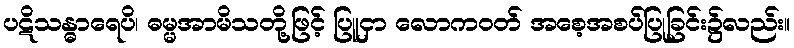
ပဋိသန္ဓာရေပိ၊ ဓမ္မအာမိသတို့ဖြင့် ပြူငှာ လောကဝတ် အစေ့အစပ်ပြုခြင်း၌လည်း။